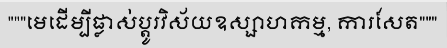
"""មេដើម្បីផ្លាស់ប្តូរវិស័យឧស្សាហកម្ម, ការសែត"""